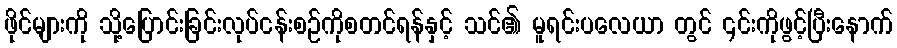
ဖိုင်များကို သို့ပြောင်းခြင်းလုပ်ငန်းစဉ်ကိုစတင်ရန်နှင့် သင်၏ မူရင်းပလေယာ တွင် ၎င်းကိုဖွင့်ပြီးနောက်